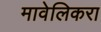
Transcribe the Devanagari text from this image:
मावेलिकरा